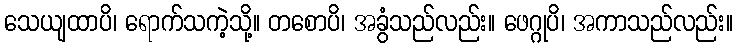
သေယျထာပိ၊ ရောက်သကဲ့သို့။ တစောပိ၊ အခွံသည်လည်း။ ဖေဂ္ဂုပိ၊ အကာသည်လည်း။